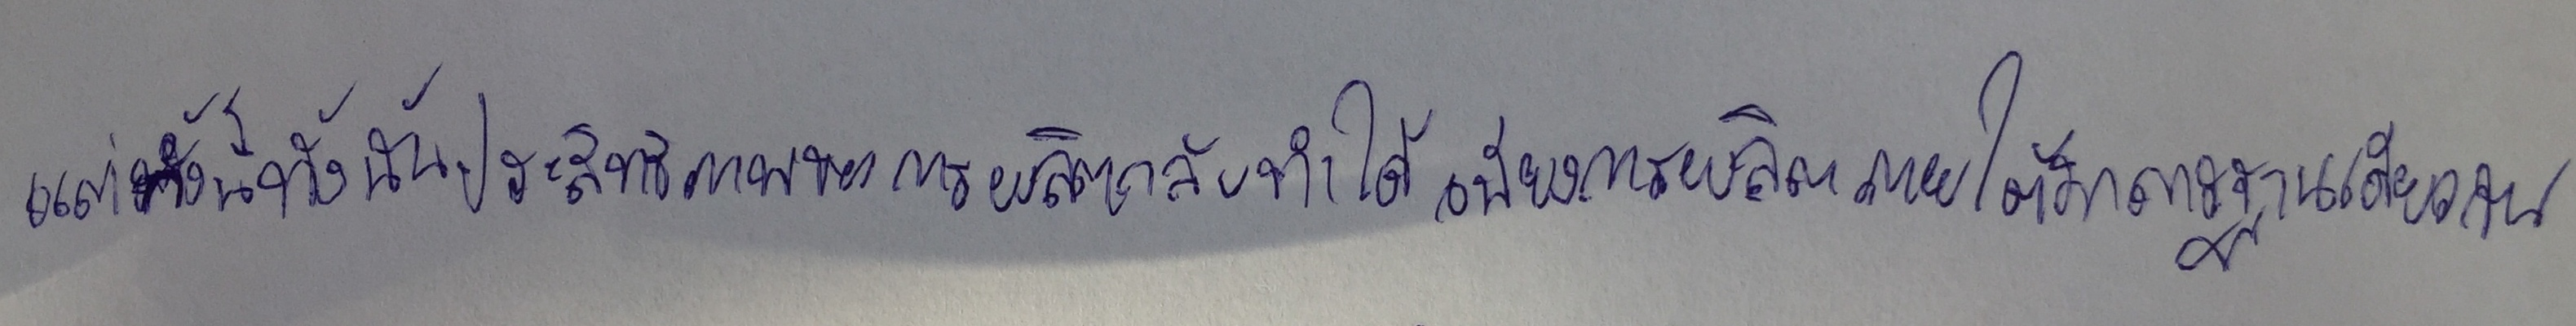
แต่ทั้งนี้ทั้งนั้นประสิทธิภาพของการผลิตกลับทำได้เพียงการผลิตภายใต้มาตรฐานเดียวกัน